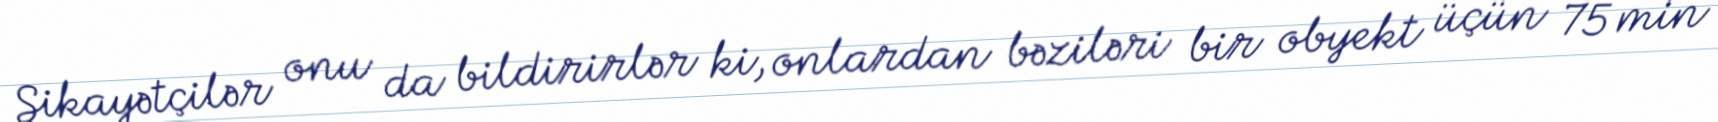
Şikayətçilər onu da bildirirlər ki, onlardan bəziləri bir obyekt üçün 75 min